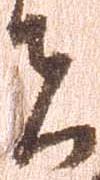
者